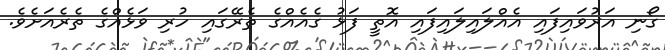
ގޯނި އަރުވައިފައި އެއްލައިލައިފައި އޮތީ ފަޅު ގެއެއްގެ ތެރޭގައި ހުރި ވަޅެއްގެ ތެރެއަށެވެ.